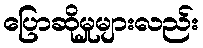
ပြောဆိုမှုများလည်း